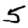
Digit: 5